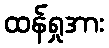
ထန်ရှုအား